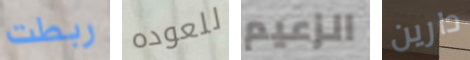
ربطت للعوده الزعيم دارين